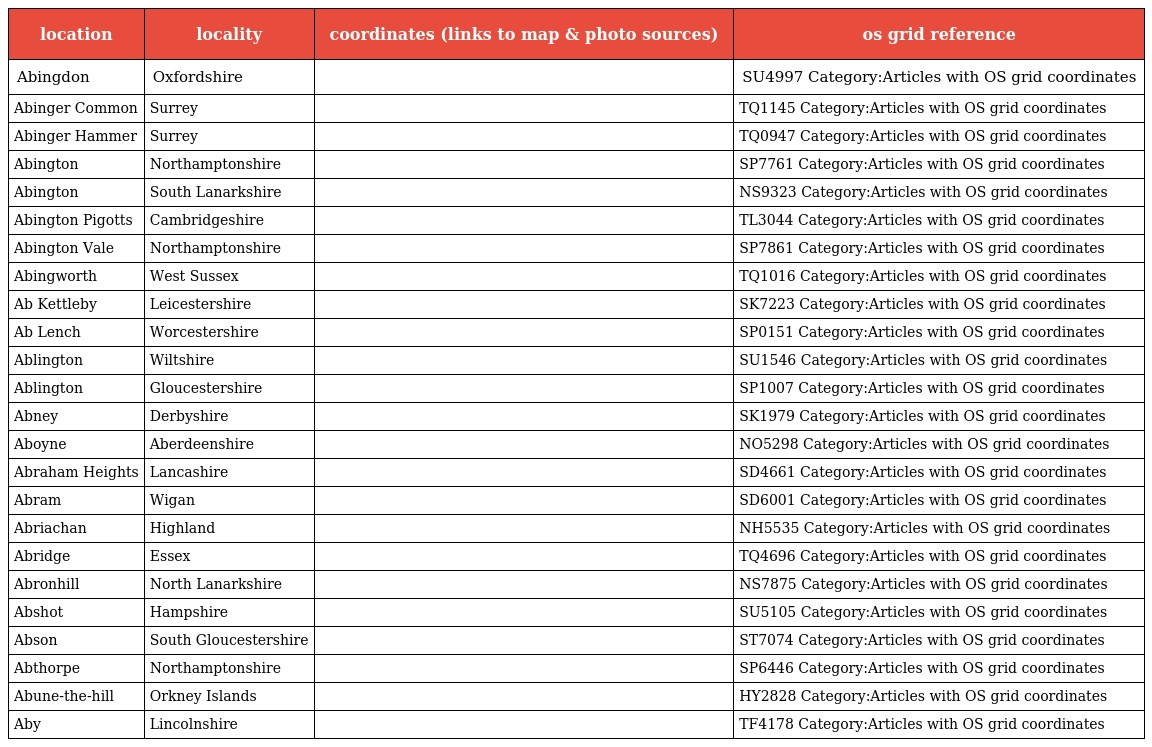
| location | locality | coordinates (links to map & photo sources) | os grid reference |
 | --- | --- | --- | --- |
 | Abingdon | Oxfordshire |  | SU4997 Category:Articles with OS grid coordinates |
 | Abinger Common | Surrey |  | TQ1145 Category:Articles with OS grid coordinates |
 | Abinger Hammer | Surrey |  | TQ0947 Category:Articles with OS grid coordinates |
 | Abington | Northamptonshire |  | SP7761 Category:Articles with OS grid coordinates |
 | Abington | South Lanarkshire |  | NS9323 Category:Articles with OS grid coordinates |
 | Abington Pigotts | Cambridgeshire |  | TL3044 Category:Articles with OS grid coordinates |
 | Abington Vale | Northamptonshire |  | SP7861 Category:Articles with OS grid coordinates |
 | Abingworth | West Sussex |  | TQ1016 Category:Articles with OS grid coordinates |
 | Ab Kettleby | Leicestershire |  | SK7223 Category:Articles with OS grid coordinates |
 | Ab Lench | Worcestershire |  | SP0151 Category:Articles with OS grid coordinates |
 | Ablington | Wiltshire |  | SU1546 Category:Articles with OS grid coordinates |
 | Ablington | Gloucestershire |  | SP1007 Category:Articles with OS grid coordinates |
 | Abney | Derbyshire |  | SK1979 Category:Articles with OS grid coordinates |
 | Aboyne | Aberdeenshire |  | NO5298 Category:Articles with OS grid coordinates |
 | Abraham Heights | Lancashire |  | SD4661 Category:Articles with OS grid coordinates |
 | Abram | Wigan |  | SD6001 Category:Articles with OS grid coordinates |
 | Abriachan | Highland |  | NH5535 Category:Articles with OS grid coordinates |
 | Abridge | Essex |  | TQ4696 Category:Articles with OS grid coordinates |
 | Abronhill | North Lanarkshire |  | NS7875 Category:Articles with OS grid coordinates |
 | Abshot | Hampshire |  | SU5105 Category:Articles with OS grid coordinates |
 | Abson | South Gloucestershire |  | ST7074 Category:Articles with OS grid coordinates |
 | Abthorpe | Northamptonshire |  | SP6446 Category:Articles with OS grid coordinates |
 | Abune-the-hill | Orkney Islands |  | HY2828 Category:Articles with OS grid coordinates |
 | Aby | Lincolnshire |  | TF4178 Category:Articles with OS grid coordinates |